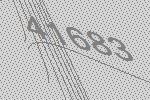
41683